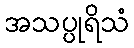
အသပ္ပုရိသံ